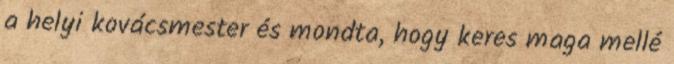
a helyi kovácsmester és mondta, hogy keres maga mellé